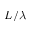
L / \lambda